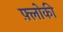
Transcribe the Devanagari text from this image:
फ़्लोकी